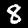
Label: 8